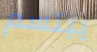
يبتسم